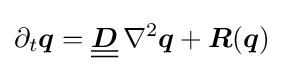
\partial _{t}{\boldsymbol {q}}={\underline {\underline {\boldsymbol {D}}}}\,\nabla ^{2}{\boldsymbol {q}}+{\boldsymbol {R}}({\boldsymbol {q}})